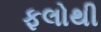
ફલોથી